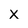
Character: X